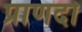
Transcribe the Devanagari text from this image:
प्राणदो